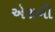
એરાની